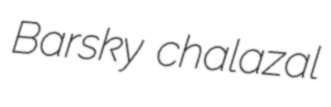
Barsky chalazal